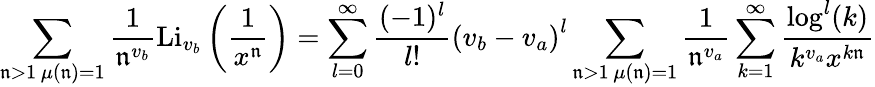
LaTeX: \sum_{\substack{\mathfrak{n}>1\, \mu(\mathfrak{n})=1}}\frac{{1}}{{\mathfrak{n}^{v_{b}}}}\textnormal{Li}_{v_{b}}\left(\frac{{1}}{{x^{\mathfrak{n}}}}\right)=\sum_{l=0}^{\infty}\frac{{(-1)^{l}}}{{l!}}\left(v_{b}-v_{a}\right)^{l}\sum_{\substack{\mathfrak{n}>1\, \mu(\mathfrak{n})=1}}\frac{{1}}{{\mathfrak{n}^{v_{a}}}}\sum_{k=1}^{\infty}\frac{{\log^{l}(k)}}{{k^{v_{a}}x^{k\mathfrak{n}}}}